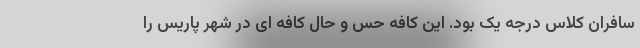
سافران کلاس درجه یک بود. این کافه حس و حال کافه ای در شهر پاریس را